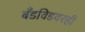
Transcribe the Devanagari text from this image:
बँडविडवरही